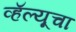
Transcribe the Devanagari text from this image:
व्हॅल्यूचा